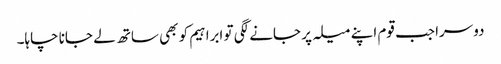
دوسرا جب قوم اپنے میلہ پر جانے لگی تو ابراہیم کو بھی ساتھ لے جانا چاہا۔